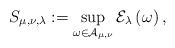
\begin{align*}S_{\mu ,\nu ,\lambda}:=\mathop {\mathrm{sup}} \limits_{\omega \in \mathcal{A} _{\mu ,\nu} }\mathcal{E} _{\lambda}\left( \omega \right),\end{align*}